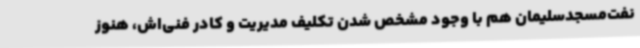
نفت‌مسجدسلیمان هم با وجود مشخص شدن تکلیف مدیریت و کادر فنی‌اش، هنوز